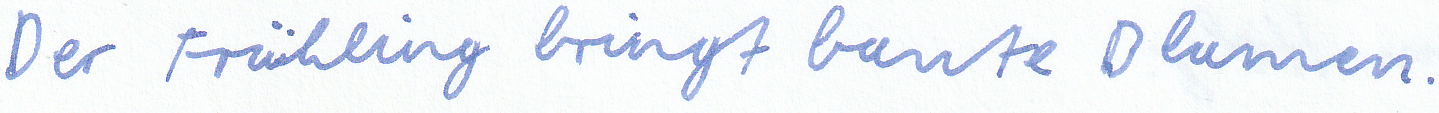
Der Frühling bringt bunte Blumen.